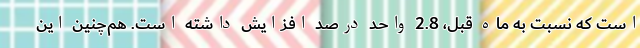
است که نسبت به ماه قبل، 2.8 واحد درصد افزایش داشته است. هم‌چنین این